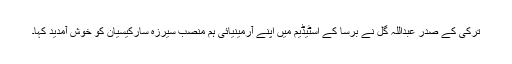
ترکی کے صدر عبداللہ گُل نے برسا کے اسٹیڈیم میں اپنے آرمینیائی ہم منصب سیرزہ سارکیسیان کو خوش آمدید کہا۔